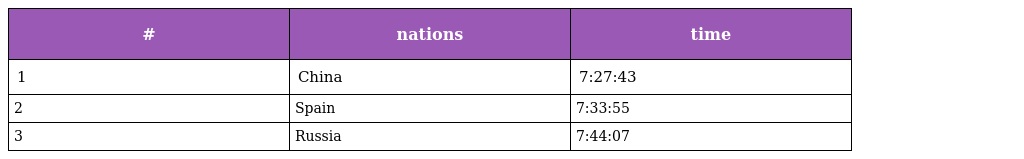
| # | nations | time |
 | --- | --- | --- |
 | 1 | China | 7:27:43 |
 | 2 | Spain | 7:33:55 |
 | 3 | Russia | 7:44:07 |